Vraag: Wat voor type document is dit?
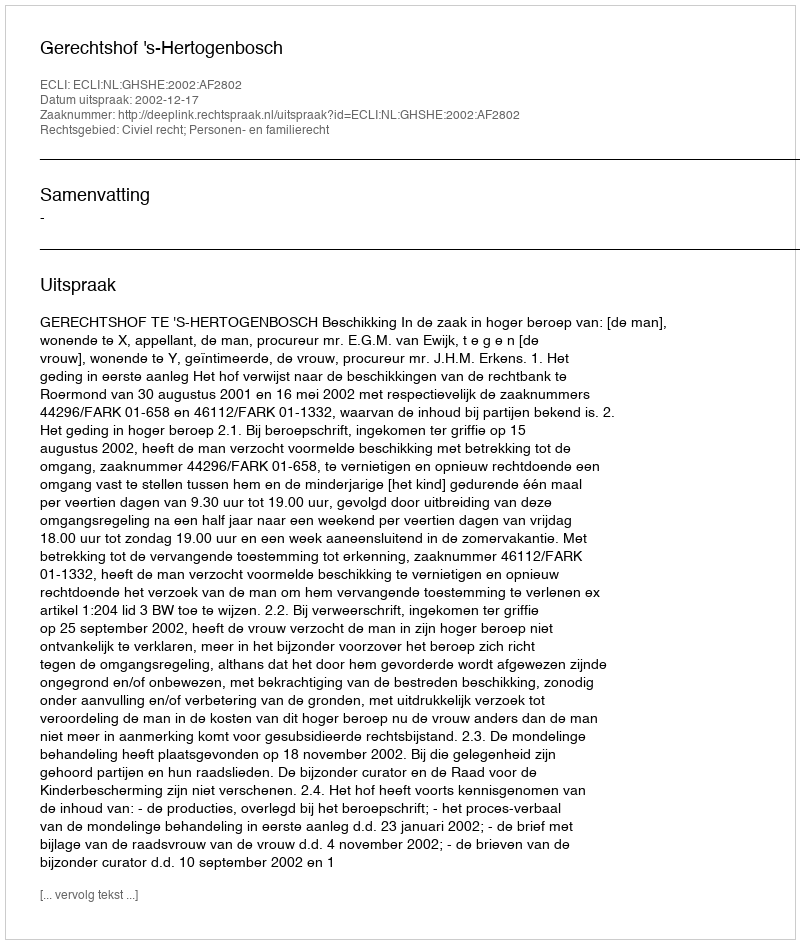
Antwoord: Uitspraak